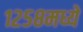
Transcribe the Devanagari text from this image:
१२५८मध्ये